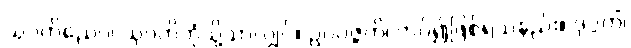
သုဂတိညေဝ၊ သုဂတိဘုံသို့သာလျှင်။ ဥပပဇ္ဇတိ၊ ကပ်၍ဖြစ်ရသနည်း။ ဒုဂ္ဂတိံ၊